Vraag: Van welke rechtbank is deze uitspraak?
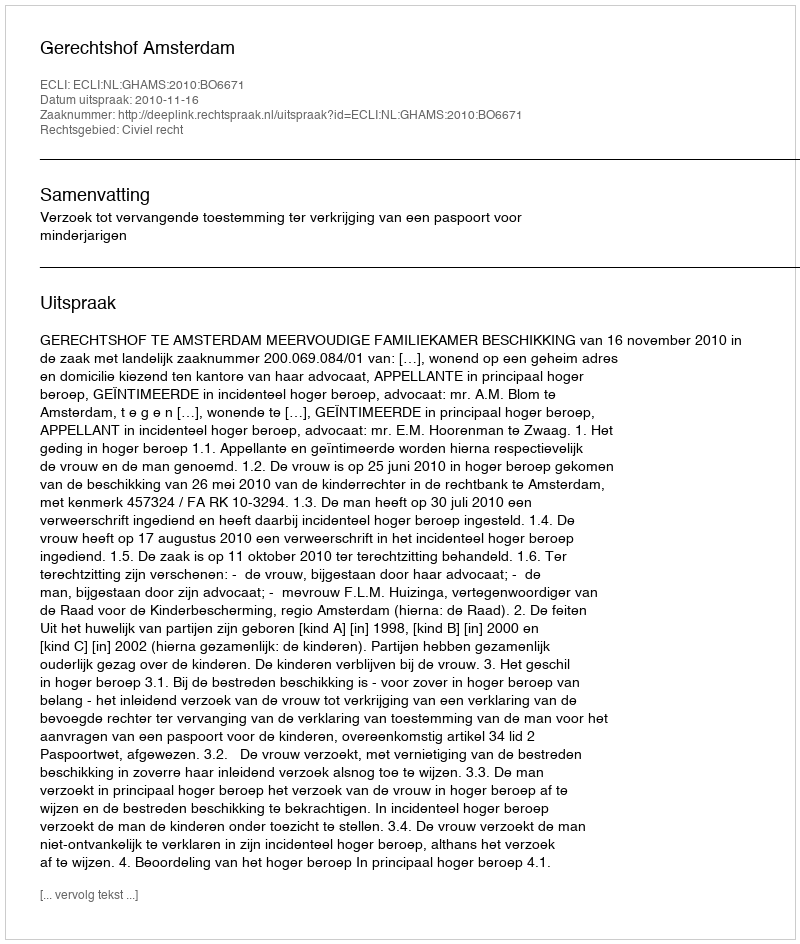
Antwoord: Gerechtshof Amsterdam